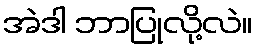
အဲဒါ ဘာပြုလို့လဲ။